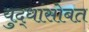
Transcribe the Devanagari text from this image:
युद्धांसोबत